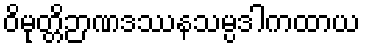
ဝိမုတ္တိဉာဏဒဿနသမ္ပဒါကထာယ